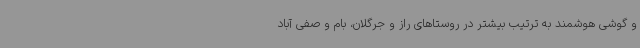
و گوشی هوشمند به ترتیب بیشتر در روستاهای راز و جرگلان، بام و صفی آباد